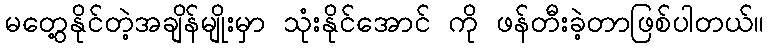
မတွေ့နိုင်တဲ့အချိန်မျိုးမှာ သုံးနိုင်အောင် ကို ဖန်တီးခဲ့တာဖြစ်ပါတယ်။